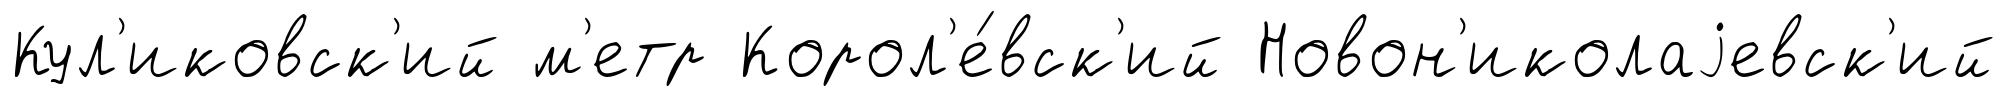
Кул'иковск'ий м'етр Корол'е́вск'ий Новон'иколаjевск'ий